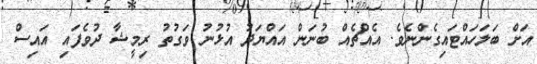
އަށް ބަލަހައްޓައިގެންނެވެ. އެއްޗެއް ބުނަން އައްޔަދު އުޅުނު ވަގުތު ރިމީޝާ ދުވެފައި އައިސް